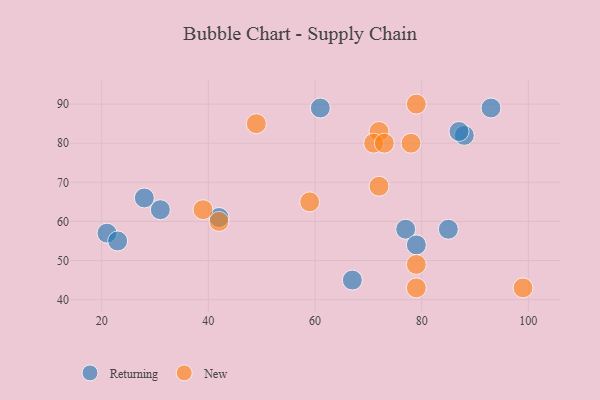
{"axis": {"x": "GDP", "y": "Life Expectancy"}, "legend": ["New", "Returning"], "data": [{"x": "21", "y": 57, "type": "Returning"}, {"x": "77", "y": 58, "type": "Returning"}, {"x": "31", "y": 63, "type": "Returning"}, {"x": "42", "y": 61, "type": "Returning"}, {"x": "93", "y": 89, "type": "Returning"}, {"x": "67", "y": 45, "type": "Returning"}, {"x": "88", "y": 82, "type": "Returning"}, {"x": "87", "y": 83, "type": "Returning"}, {"x": "23", "y": 55, "type": "Returning"}, {"x": "85", "y": 58, "type": "Returning"}, {"x": "61", "y": 89, "type": "Returning"}, {"x": "79", "y": 54, "type": "Returning"}, {"x": "28", "y": 66, "type": "Returning"}, {"x": "79", "y": 49, "type": "New"}, {"x": "49", "y": 85, "type": "New"}, {"x": "72", "y": 69, "type": "New"}, {"x": "78", "y": 80, "type": "New"}, {"x": "39", "y": 63, "type": "New"}, {"x": "59", "y": 65, "type": "New"}, {"x": "79", "y": 43, "type": "New"}, {"x": "42", "y": 60, "type": "New"}, {"x": "72", "y": 83, "type": "New"}, {"x": "99", "y": 43, "type": "New"}, {"x": "71", "y": 80, "type": "New"}, {"x": "79", "y": 90, "type": "New"}, {"x": "73", "y": 80, "type": "New"}]}